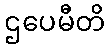
ဌပေမီတိ